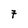
Character: 7